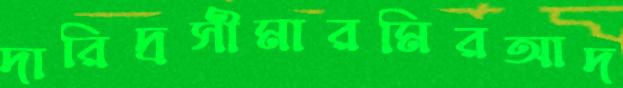
দারিদ্রসীমারমিরআদ